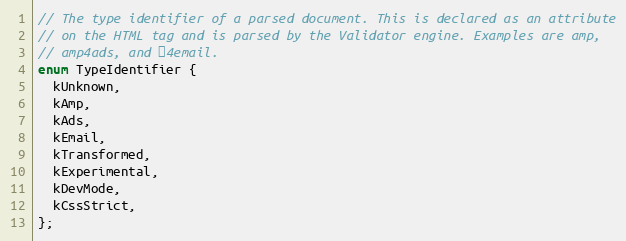
Language: C
// The type identifier of a parsed document. This is declared as an attribute
// on the HTML tag and is parsed by the Validator engine. Examples are amp,
// amp4ads, and ⚡4email.
enum TypeIdentifier {
  kUnknown,
  kAmp,
  kAds,
  kEmail,
  kTransformed,
  kExperimental,
  kDevMode,
  kCssStrict,
};